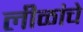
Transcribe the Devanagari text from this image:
लीळांचे